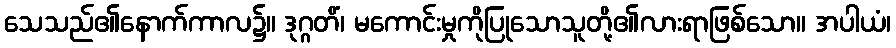
သေသည်၏နောက်ကာလ၌။ ဒုဂ္ဂတိံ၊ မကောင်းမှုကိုပြုသောသူတို့၏လားရာဖြစ်သော။ အပါယံ၊